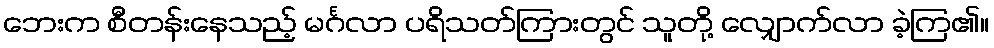
ဘေးက စီတန်းနေသည့် မင်္ဂလာ ပရိသတ်ကြားတွင် သူတို့ လျှောက်လာ ခဲ့ကြ၏။